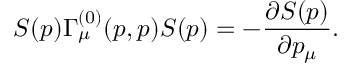
S ( p ) \Gamma _ { \mu } ^ { ( 0 ) } ( p , p ) S ( p ) = - \frac { \partial S ( p ) } { \partial p _ { \mu } } .